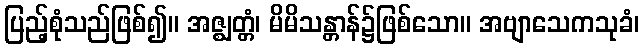
ပြည့်စုံသည်ဖြစ်၍။ အဇ္ဈတ္တံ၊ မိမိသန္တာန်၌ဖြစ်သော။ အဗျာသေကသုခံ၊